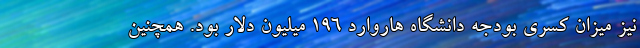
نیز میزان کسری بودجه دانشگاه هاروارد ۱۹۶ میلیون دلار بود. همچنین